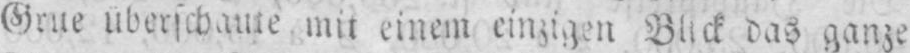
das ganze